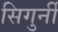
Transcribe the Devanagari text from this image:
सिगुर्नी